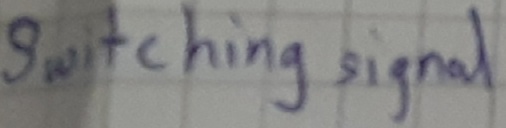
Text: switching signal